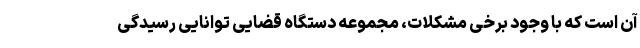
آن است که با وجود برخی مشکلات، مجموعه دستگاه قضایی توانایی رسیدگی